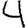
Digit: 4